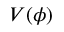
V ( \phi )